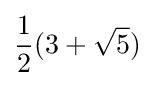
{\frac {1}{2}}(3+{\sqrt {5}})